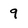
Character: 9